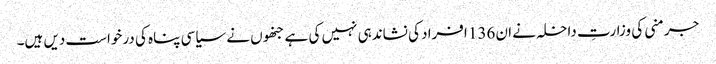
جرمنی کی وزارتِ داخلہ نے ان 136 افراد کی نشاندہی نہیں کی ہے جنھوں نے سیاسی پناہ کی درخواست دیں ہیں۔